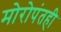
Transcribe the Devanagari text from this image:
मोरोपंतही